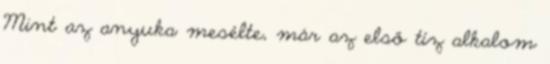
Mint az anyuka mesélte, már az első tíz alkalom